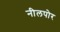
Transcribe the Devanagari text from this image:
नीलपोर